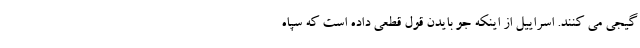
گیجی می کنند. اسراییل از اینکه جو بایدن قول قطعی داده است که سپاه